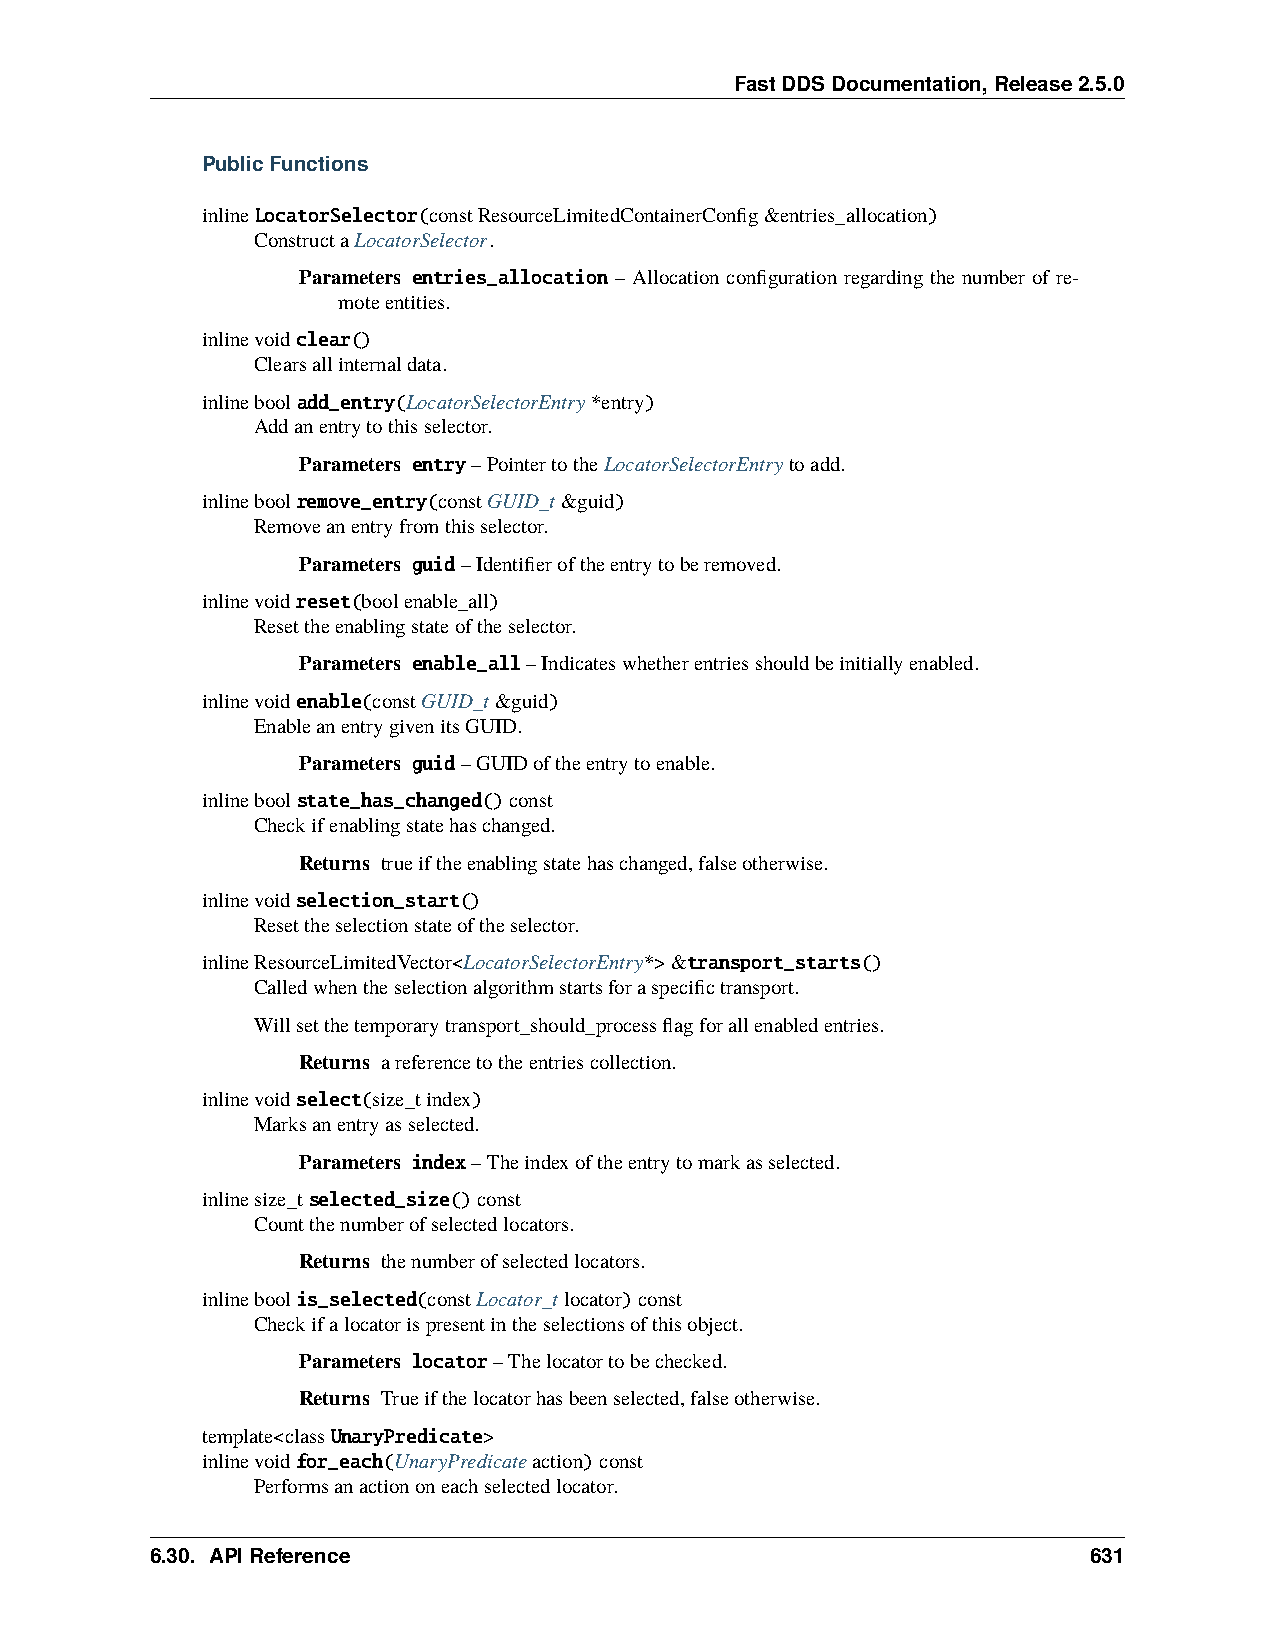
FastDDSDocumentation,Release2.5.0
 PublicFunctions
 inlineLocatorSelector(constResourceLimitedContainerConfig&entries_allocation)
 ConstructaLocatorSelector.
 Parameters entries_allocation – Allocation configuration regarding the number of re-
 moteentities.
 inlinevoidclear()
 Clearsallinternaldata.
 inlinebooladd_entry(LocatorSelectorEntry*entry)
 Addanentrytothisselector.
 Parameters entry–PointertotheLocatorSelectorEntrytoadd.
 inlineboolremove_entry(constGUID_t&guid)
 Removeanentryfromthisselector.
 Parameters guid–Identifieroftheentrytoberemoved.
 inlinevoidreset(boolenable_all)
 Resettheenablingstateoftheselector.
 Parameters enable_all–Indicateswhetherentriesshouldbeinitiallyenabled.
 inlinevoidenable(constGUID_t&guid)
 EnableanentrygivenitsGUID.
 Parameters guid–GUIDoftheentrytoenable.
 inlineboolstate_has_changed()const
 Checkifenablingstatehaschanged.
 Returns trueiftheenablingstatehaschanged,falseotherwise.
 inlinevoidselection_start()
 Resettheselectionstateoftheselector.
 inlineResourceLimitedVector<LocatorSelectorEntry*>&transport_starts()
 Calledwhentheselectionalgorithmstartsforaspecifictransport.
 Willsetthetemporarytransport_should_processflagforallenabledentries.
 Returns areferencetotheentriescollection.
 inlinevoidselect(size_tindex)
 Marksanentryasselected.
 Parameters index–Theindexoftheentrytomarkasselected.
 inlinesize_tselected_size()const
 Countthenumberofselectedlocators.
 Returns thenumberofselectedlocators.
 inlineboolis_selected(constLocator_tlocator)const
 Checkifalocatorispresentintheselectionsofthisobject.
 Parameters locator–Thelocatortobechecked.
 Returns Trueifthelocatorhasbeenselected,falseotherwise.
 template<classUnaryPredicate>
 inlinevoidfor_each(UnaryPredicateaction)const
 Performsanactiononeachselectedlocator.
 6.30. APIReference                                            631